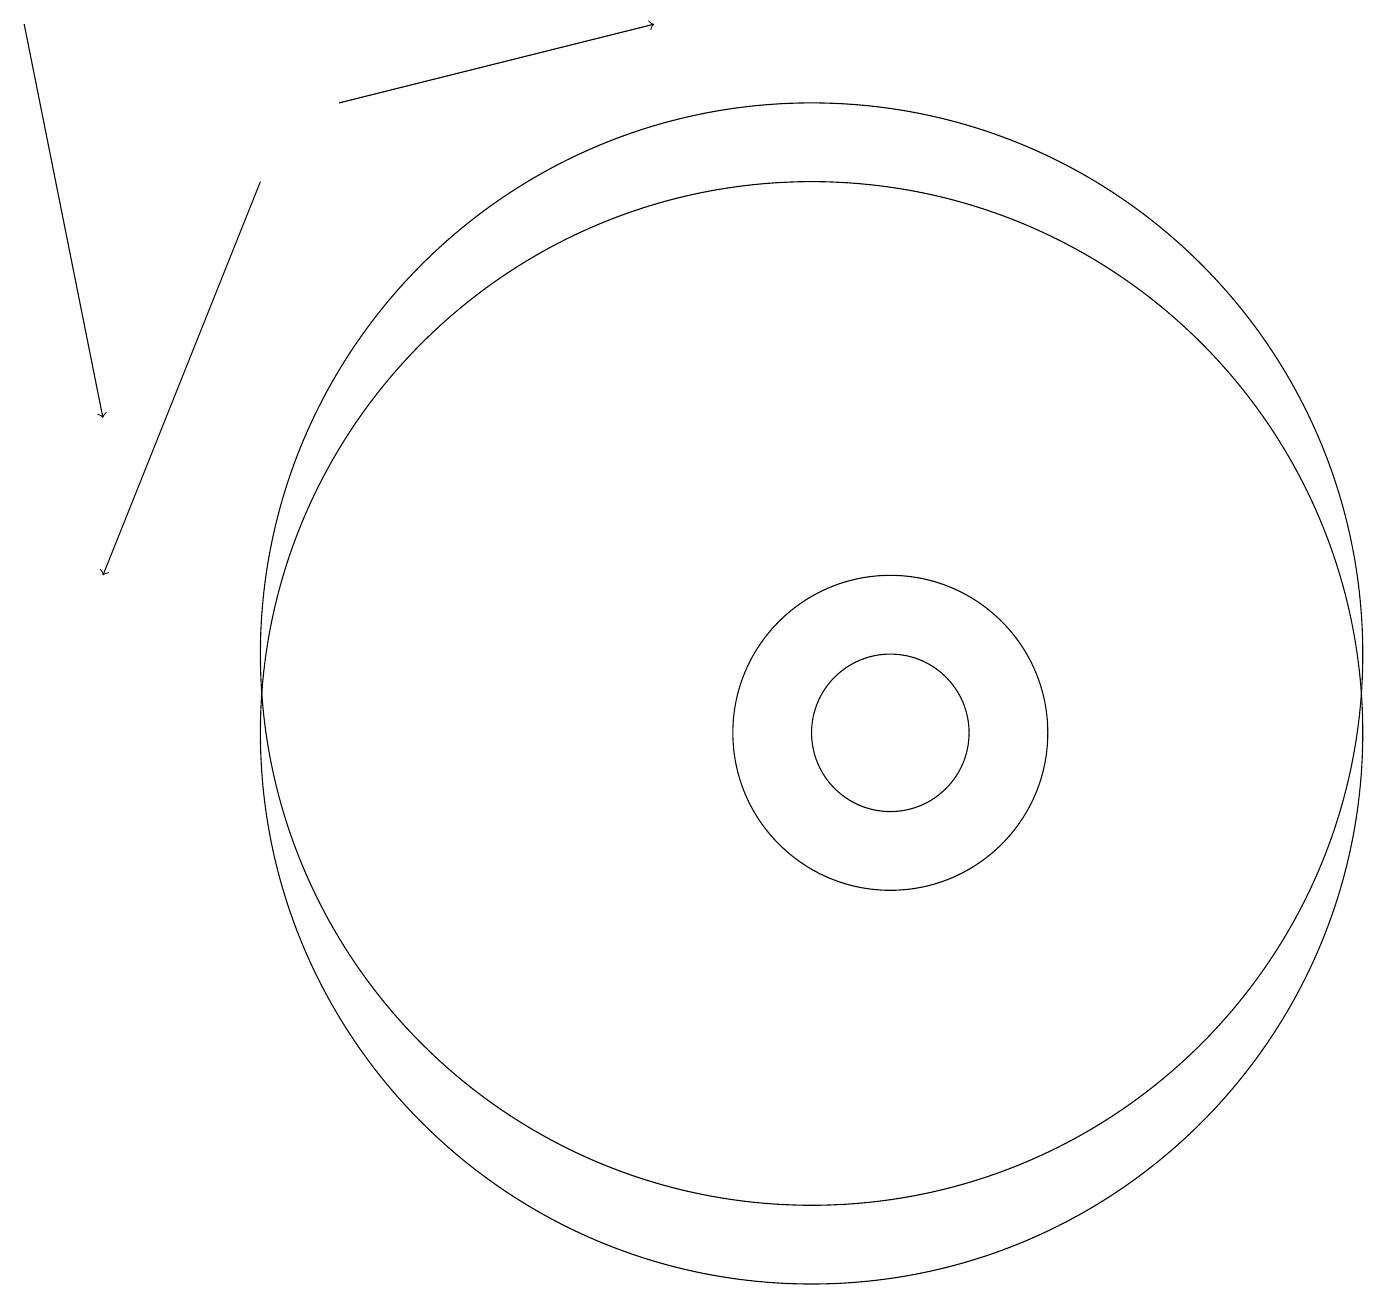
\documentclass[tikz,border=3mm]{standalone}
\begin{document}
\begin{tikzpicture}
\draw[->] (4,18) -- (8,19);
\draw[->] (3,17) -- (1,12);
\draw[->] (0,19) -- (1,14);
\draw (11,10) circle (1);
\draw (10,10) circle (7);
\draw (10,11) circle (7);
\draw (11,10) circle (2);
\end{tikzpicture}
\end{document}